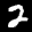
Label: 2